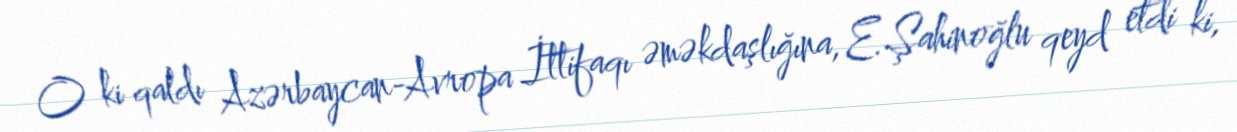
O ki qaldı Azərbaycan-Avropa İttifaqı əməkdaşlığına, E.Şahinoğlu qeyd etdi ki,